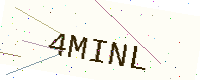
Text: 4MINL